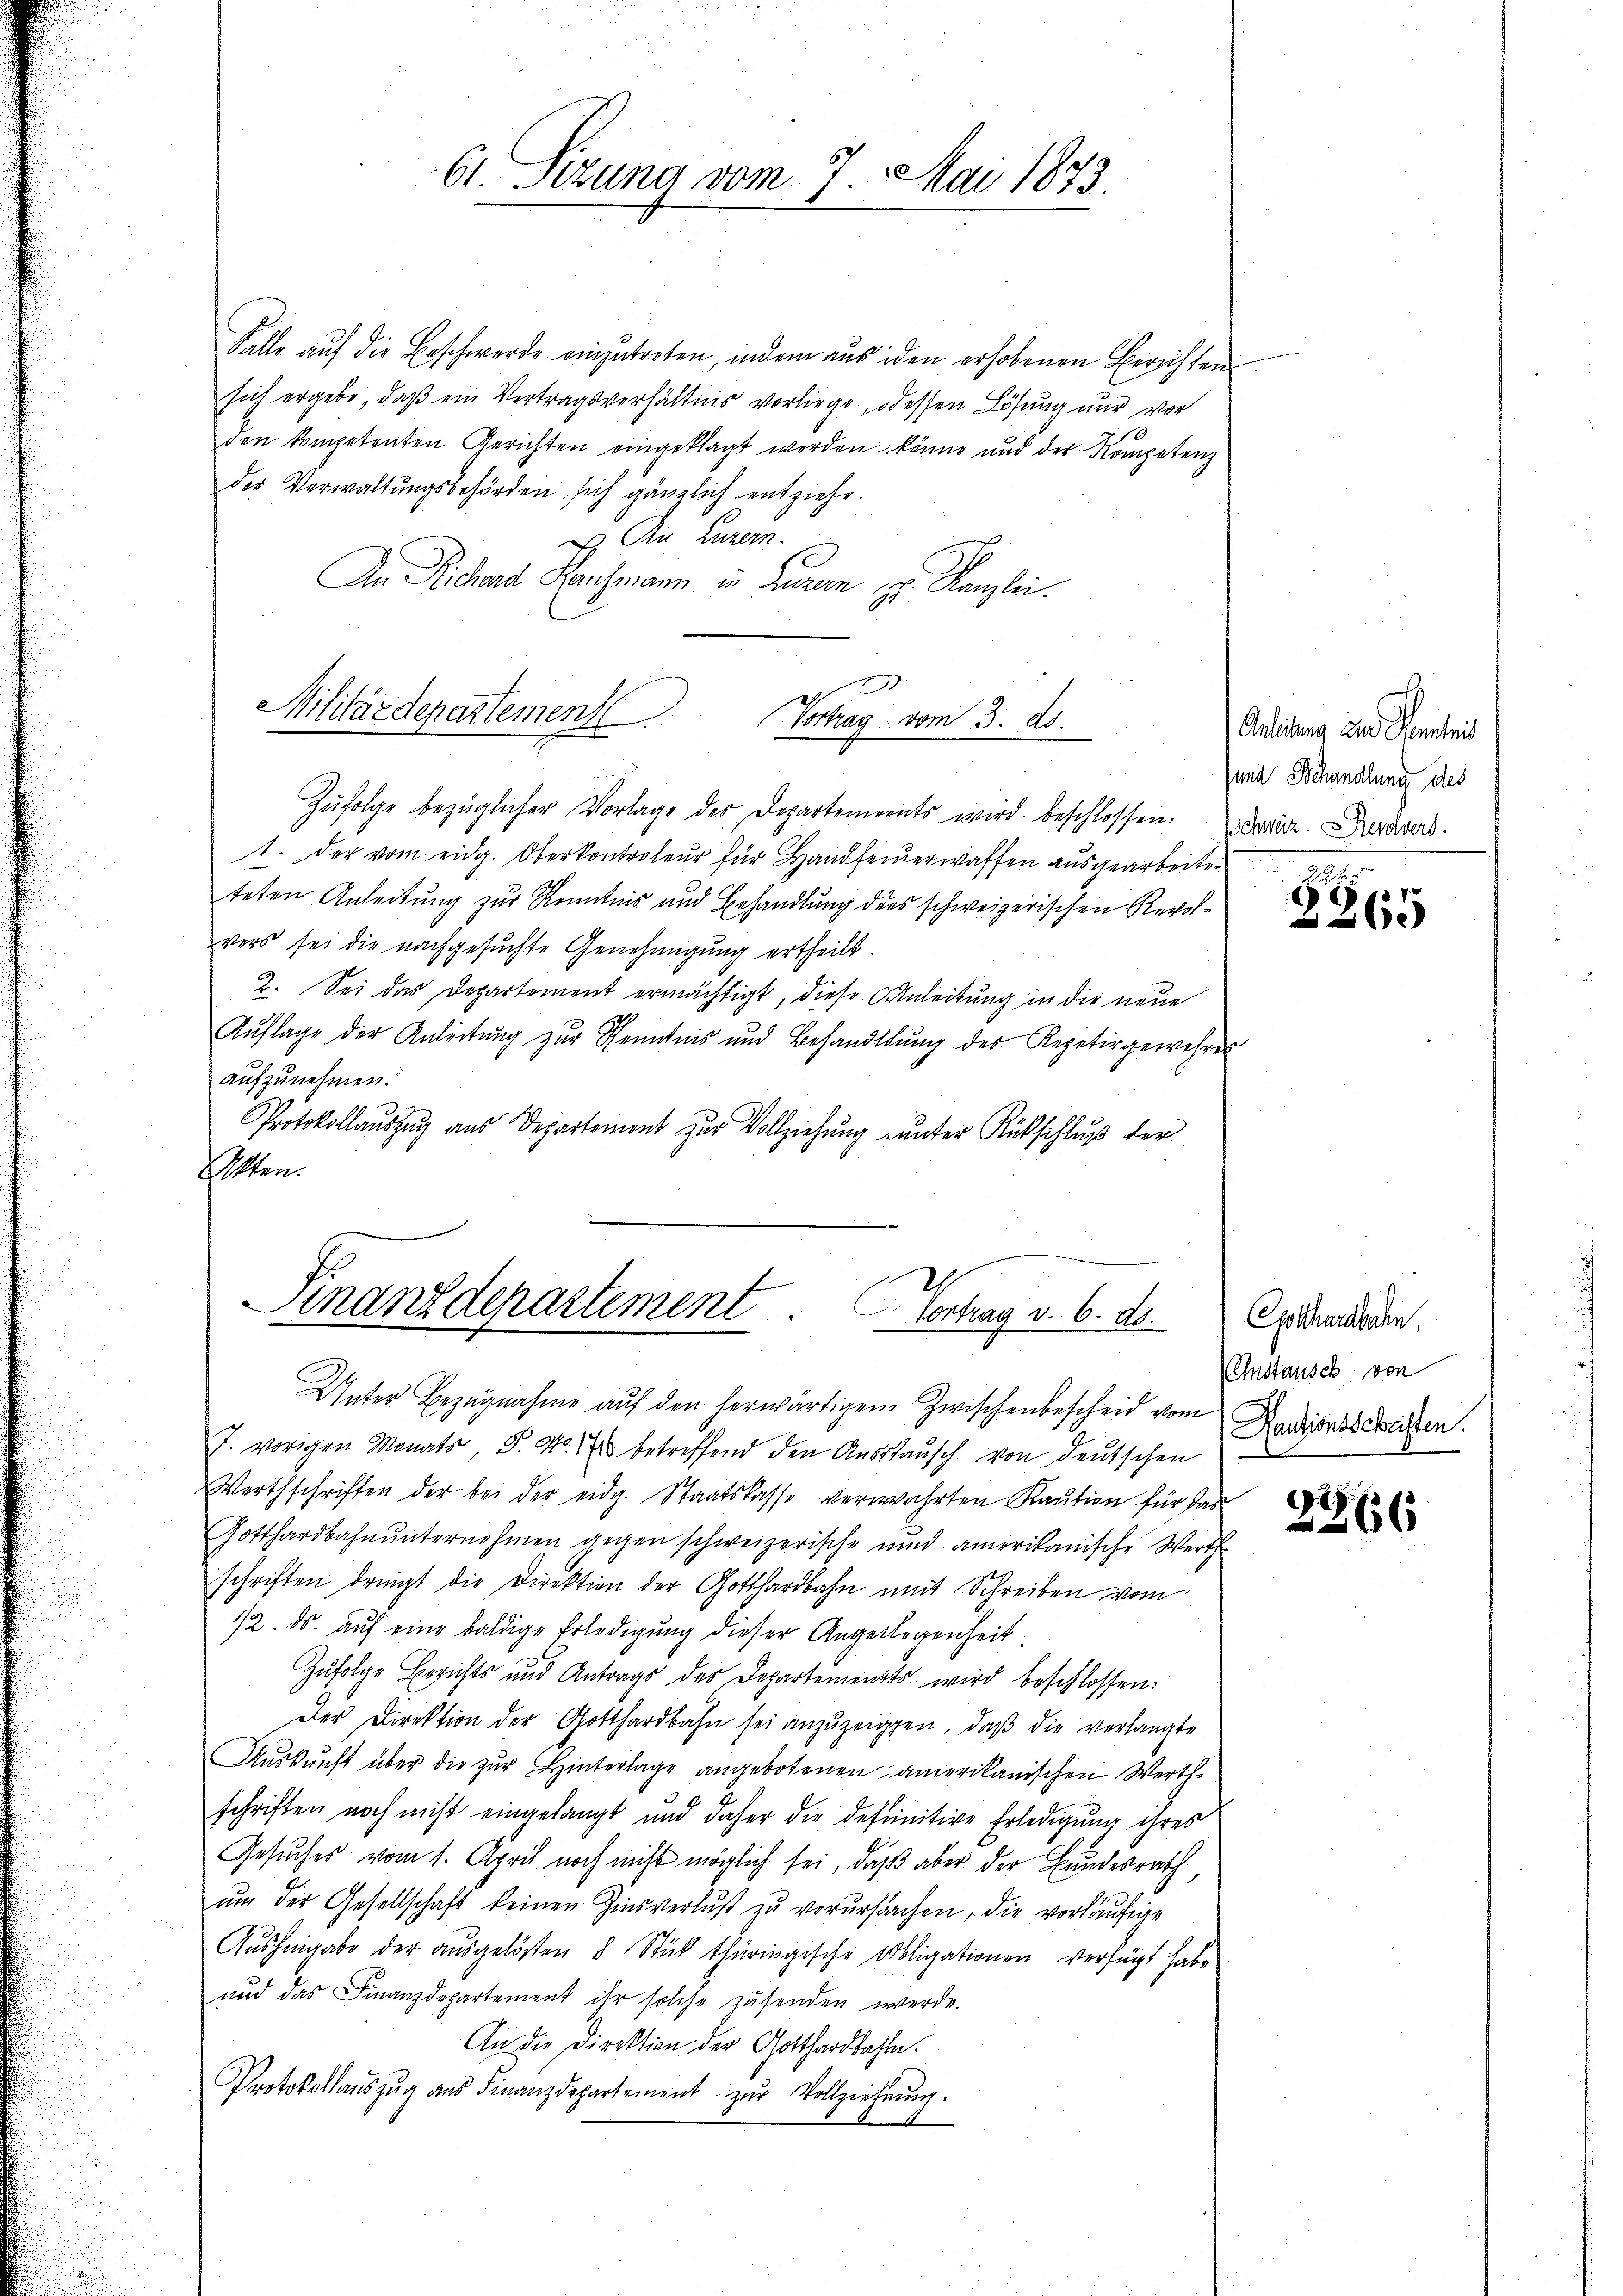
2
Militärdepartement
Vortrag vom 3. ds.

61. Sizung vom 7. Mai 1873.

Falle auf die Beschwerde einzutreten, indem aus iden erhobenen Berichten
sich ergebe, daß ein Vertragsverhältnis vorliege, odessen Lösung nur vor
den kompetenten Gerichten eingeklagt werden könne und der Kompetenz
der Verwaltungsbehörden sich gänzlich entziehe.
An Luzern.
An Richend Hausmann in Luzern z. Kanzlei.
Zŭfolge bezüglicher Vorlage des Departements wird beschlossen. David. Durswert.
1. Der vom eidg. Oberkontroleur für Hand fernerwaffen ausgearbeiteteten Anleitung zur Kenntnis und Behandlung ders schweizerischen Revolvers sei die nachgesuchte Genehmigung ertheilt.
2. Sei das Departement ermächtigt, diese Anleitung in die neue
Auflage der Anleitung zur Kenntnis und Behandlung des Repetirgewehres
aufzunehmen.
Protokollauszug aus Departement zur Vollziehung unter Rückschluß der
Akten.
e

Finanzdepartement. Vortrag v. 6. ds.

Unter Bezugnahme auf den herwärtigen Zwischenbescheid vom
J. vorigen Monats P. Nr. 4 betreffend den Aŭsstaŭsch von deutschen
Werthschriften der bei der eidg. Staatskasse verwahrten Kaŭtion für das
Gotthardbahnunternehmen gegen schweizerische und amerikanische Werth
schriften dringt die Direktion der Gotthardbahn mit Schreiben vom
12. ds. auf eine baldige Erledigung dieser Angelegenheit
Zufolge Berichts und Antrags des Departements wird beschlossen:
Der Direktion der Gotthardbahn sei anzuzeigten, daβ die verlangte
Aŭskŭnft über die zur Hinterlage angebotenen amerikanischen Werthschriften noch nicht eingelangt und daher die definitive Erledigung ihres
Gesuches vom 1. April noch nicht möglich sei, daß aber der Bundesrath
ŭm der Gesellschaft keinen Zinsverluβ zŭ verursachen, die vorläufige
Aŭshingabe der aŭsgelösten 8 Stück thüringische Obligationen verfügt habe
und das Finanzdepartement ihr solche zŭsenden werde.
An die Direktion der Gotthardbahlen.
Protokollauszug aus Finanzdepartement zur Vollziehung.

Anleitung und Kenntnis
und Behandlung des

1
2265

Gothardbahn
(Enstausch von
Dantionsschriften.

2266